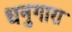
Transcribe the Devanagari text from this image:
धनुगारा